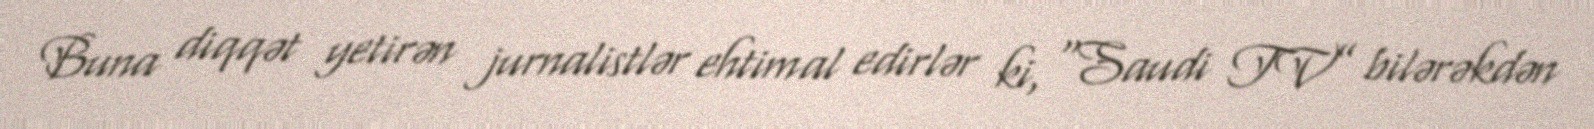
Buna diqqət yetirən jurnalistlər ehtimal edirlər ki, “Saudi TV” bilərəkdən